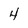
Character: 4